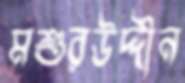
মশুরউদ্দীন